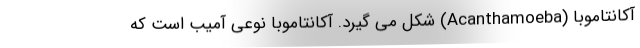
آکانتاموبا (Acanthamoeba) شکل می گیرد. آکانتاموبا نوعی آمیب است که